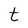
Character: t